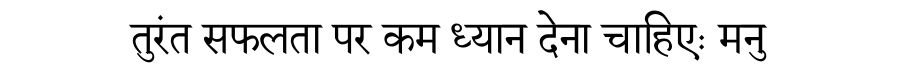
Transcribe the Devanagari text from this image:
तुरंत सफलता पर कम ध्यान देना चाहिएः मनु